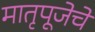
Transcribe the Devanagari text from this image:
मातृपूजेचे